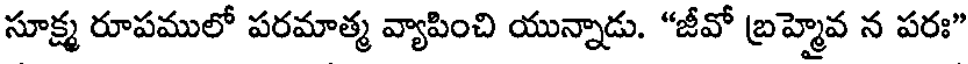
సూక్ష్మ రూపములో పరమాత్మ వ్యాపించి యున్నాడు. "జీవో బ్రహ్మైవ న పరః"